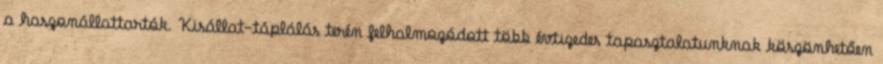
a haszonállattartók. Kisállat-táplálás terén felhalmozódott több évtizedes tapasztalatunknak köszönhetően